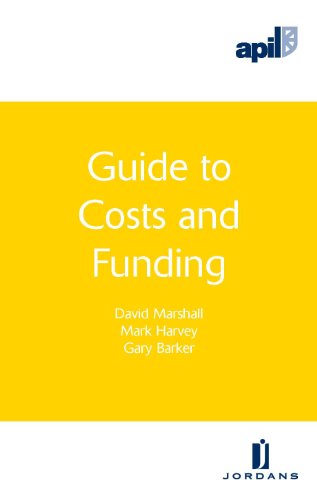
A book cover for APIL Guide to Costs and Funding; Gary Barker; Law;